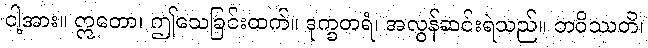
ငါ့အား။ ဣတော၊ ဤသေခြင်းထက်။ ဒုက္ခတရံ၊ အလွန်ဆင်းရဲသည်။ ဘဝိဿတိ၊